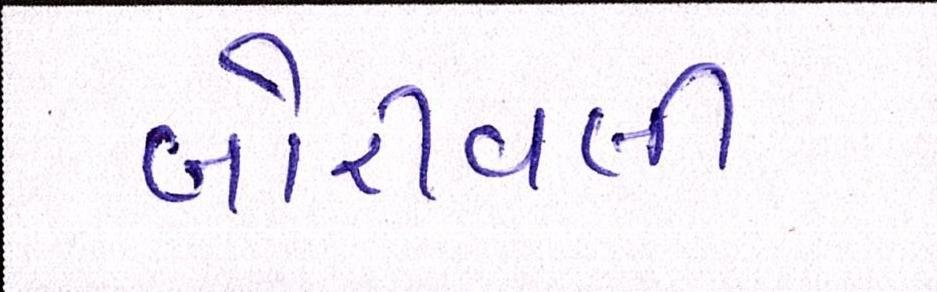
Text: બોરીવલી